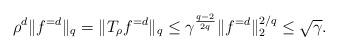
LaTeX: \begin{align*} \rho^{d}\|f^{=d}\|_q = \|T_{\rho}f^{=d}\|_q\le \gamma^{\frac{q-2}{2q}} \|f^{=d}\|_2^{2/q}\le \sqrt{\gamma}. \end{align*}